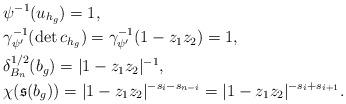
LaTeX: \begin{align*}&\psi^{-1}(u_{h_g})=1,\\&\gamma_{\psi'}^{-1}(\det c_{h_g})=\gamma_{\psi'}^{-1}(1-z_1z_2)=1,\\&\delta^{1/2}_{B_n}(b_g)=|1-z_1z_2|^{-1},\\&\chi(\mathfrak{s}(b_g))=|1-z_1z_2|^{-s_i-s_{n-i}}=|1-z_1z_2|^{-s_i+s_{i+1}}.\end{align*}